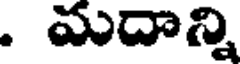
. మదాన్ని